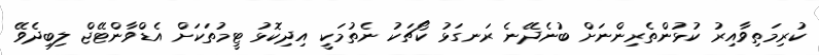
ކުރިމަތިވާއިރު ކުޅުންތެރިންނަށް ބުނެދޭނެ ރަނގަޅު ކޯޗަކު ނެތުމަކީ އިދިކޮޅު ޓީމުތަކަށް އެޑްވާންޓޭޖް ލިބިދެވޭ